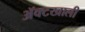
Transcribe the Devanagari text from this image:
ॲक्टखाली